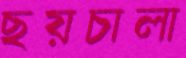
ছয়চালা